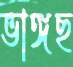
ভাঙ্গছ